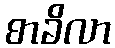
စာခိလာ